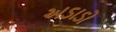
અડાડો